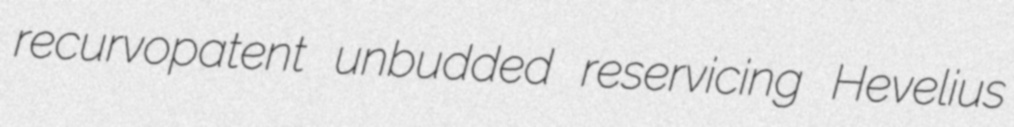
recurvopatent unbudded reservicing Hevelius